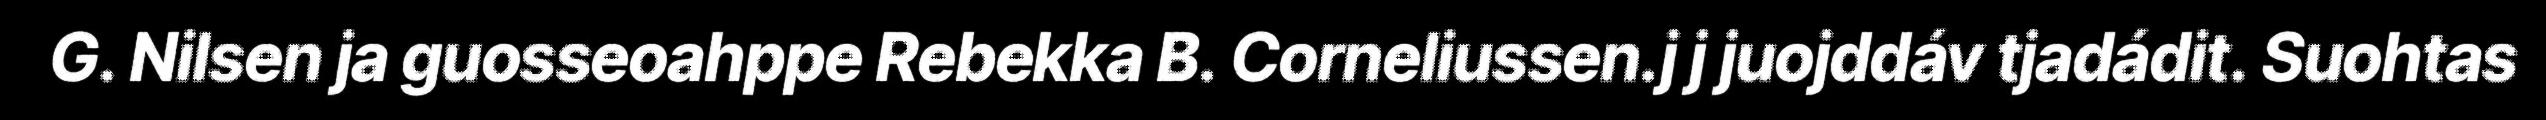
G. Nilsen ja guosseoahppe Rebekka B. Corneliussen.j j juojddáv tjadádit. Suohtas